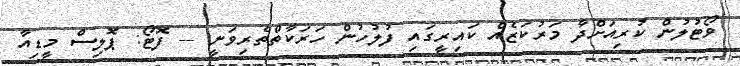
ވޯޓުލުން ކުރިއަށްދާ މަރުކަޒެއް ކައިރީގައި ފުލުހުން ހަރަކާތްތެރިވަނީ -- ފޮޓޯ: ޕޮލިސް މީޑިއާ